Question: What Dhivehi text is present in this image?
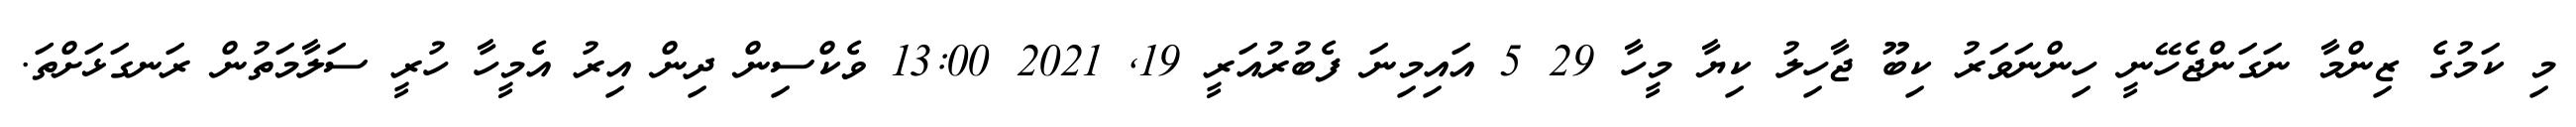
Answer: މި ކަމުގެ ޒިންމާ ނަގަންޖެހޭނީ ހިންނަވަރު ކިބޫ ޖާހިލު ކިޔާ މީހާ 29 5 އައިމިނަ ފެބުރުއަރީ 19, 2021 13:00 ވެކްސިން ދިން އިރު އެމީހާ ހުރީ ސަލާމަތުން ރަނގަޅަށްތަ.